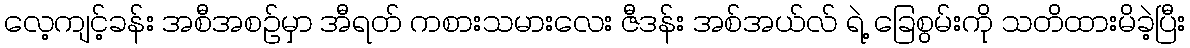
လေ့ကျင့်ခန်း အစီအစဉ်မှာ အီရတ် ကစားသမားလေး ဇီဒန်း အစ်အယ်လ် ရဲ့ ခြေစွမ်းကို သတိထားမိခဲ့ပြီး